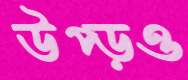
উপ্‌ড়ও